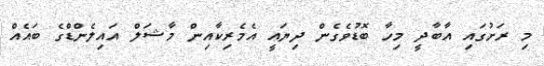
މި ރަށުގައި އާބާދީ މިހާ ބޮޑުވެގެން ދިޔައީ އެމެރިކާއިން މާޝަލް އައިލެންޑްގެ ބައެއް